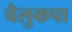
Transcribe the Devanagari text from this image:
चैलुकपा